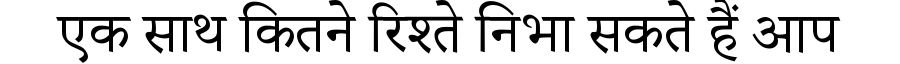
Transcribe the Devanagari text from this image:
एक साथ कितने रिश्ते निभा सकते हैं आप